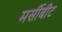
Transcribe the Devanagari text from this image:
मर्सीबीट